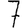
Digit: 7